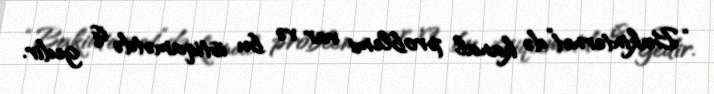
“Bakinternet”də kanal problemi var və bu istiqamətdə iş gedir.